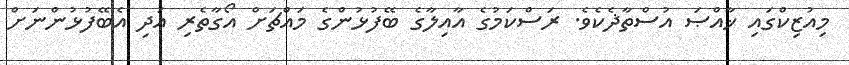
މިއުޒިކްގައި ޚާއްޞަ އުސްތާޛެކެވެ. ރަސްކަމުގެ އާއިލާގެ ބޭފުޅުންގެ މައްޗަށް އޯގާތެރި އަދި އެބޭފުޅުންނަށް